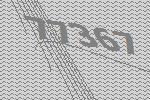
77367